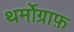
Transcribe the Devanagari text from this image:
थर्मोग्राफ़